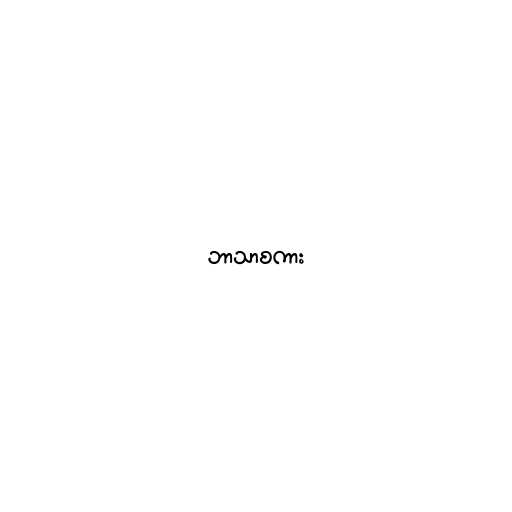
ဘာသာစကား